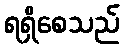
ရရှိစေသည်